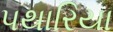
પથારિયા